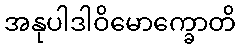
အနုပါဒါဝိမောက္ခောတိ